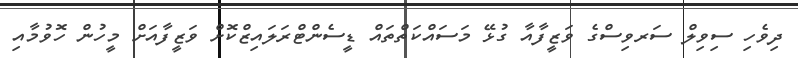
ދިވެހި ސިވިލް ސަރވިސްގެ ވަޒީފާއާ ގުޅޭ މަސައްކަތްތައް ޑީސެންޓްރަލައިޒްކޮށް ވަޒީފާއަށް މީހުން ހޮވުމާއި